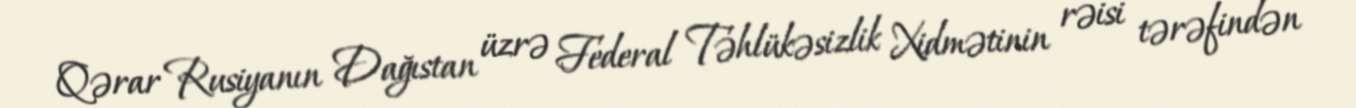
Qərar Rusiyanın Dağıstan üzrə Federal Təhlükəsizlik Xidmətinin rəisi tərəfindən